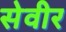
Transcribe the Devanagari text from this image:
सेवीर